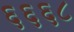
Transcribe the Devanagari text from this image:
६६६८